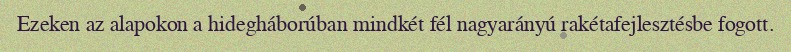
Ezeken az alapokon a hidegháborúban mindkét fél nagyarányú rakétafejlesztésbe fogott.